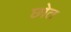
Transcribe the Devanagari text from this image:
छोत